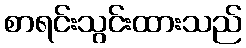
စာရင်းသွင်းထားသည်